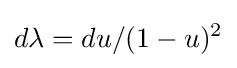
d\lambda =du/(1-u)^{2}